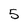
Character: 5